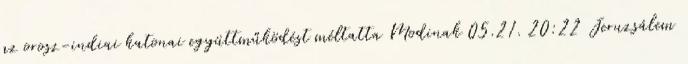
az orosz-indiai katonai együttműködést méltatta Modinak 05.21. 20:22 Jeruzsálem